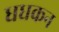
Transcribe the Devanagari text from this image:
धधकन